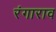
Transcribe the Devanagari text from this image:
रंगाराव